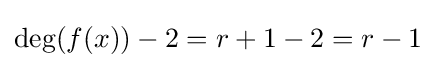
\deg(f(x))-2=r+1-2=r-1